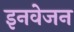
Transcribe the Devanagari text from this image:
इनवेजन